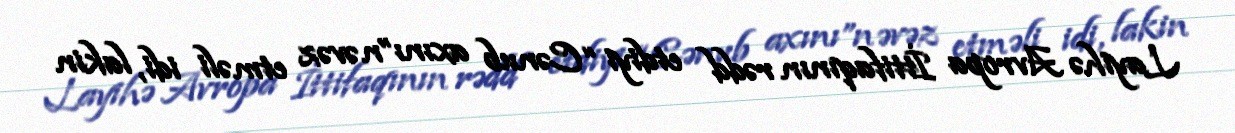
Layihə Avropa İttifaqının rədd etdiyi “Cənub axını”n əvəz etməli idi, lakin